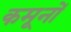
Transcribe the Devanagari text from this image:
कमूनों